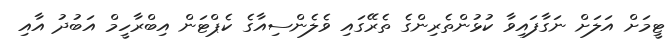
ޓީމަށް އަލަށް ނަގާފައިވާ ކުޅުންތެރިންގެ ތެރޭގައި ވެލެންސިއާގެ ކެޕްޓަން އިބްރާހީމް އަބުދު އާއި